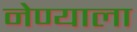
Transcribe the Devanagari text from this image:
नेण्याला